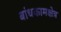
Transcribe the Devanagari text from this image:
बांधकामक्षेत्र